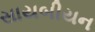
સાયબીયન